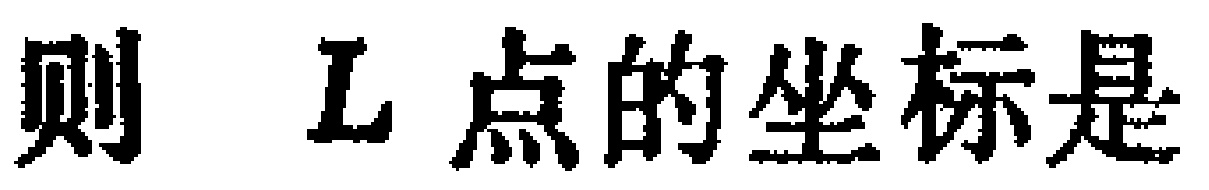
则 \(L\) 点的坐标是